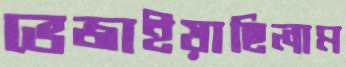
ভেজাইয়াছিলাম